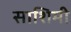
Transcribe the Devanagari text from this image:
साशिमी